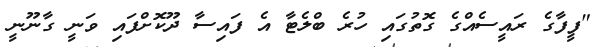
"ފީފާގެ ރައީސެއްގެ ގޮތުގައި ހުރެ ބްލެޓާ އެ ފައިސާ ދޫކޮށްފައި ވަނީ ގާނޫނީ